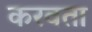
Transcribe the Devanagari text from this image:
करवता